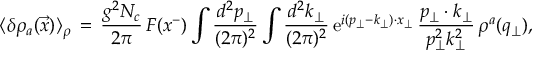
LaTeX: \langle \delta \rho _ { a } ( \vec { x } ) \rangle _ { \rho } \, = \, { \frac { g ^ { 2 } N _ { c } } { 2 \pi } } \, F ( x ^ { - } ) \int \frac { d ^ { 2 } p _ { \perp } } { ( 2 \pi ) ^ { 2 } } \int \frac { d ^ { 2 } k _ { \perp } } { ( 2 \pi ) ^ { 2 } } \, \mathrm { e } ^ { i ( p _ { \perp } - k _ { \perp } ) \cdot x _ { \perp } } \, { \frac { p _ { \perp } \cdot k _ { \perp } } { p _ { \perp } ^ { 2 } k _ { \perp } ^ { 2 } } } \, \rho ^ { a } ( q _ { \perp } ) ,